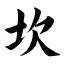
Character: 坎